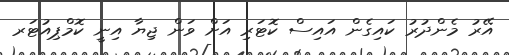
އޭރު މެންދުރު ކައިގެން އައިސް ކޮޓަރި އަށް ވަން ޖިޔާ އިނީ ކޮމްޕިއުޓަރ